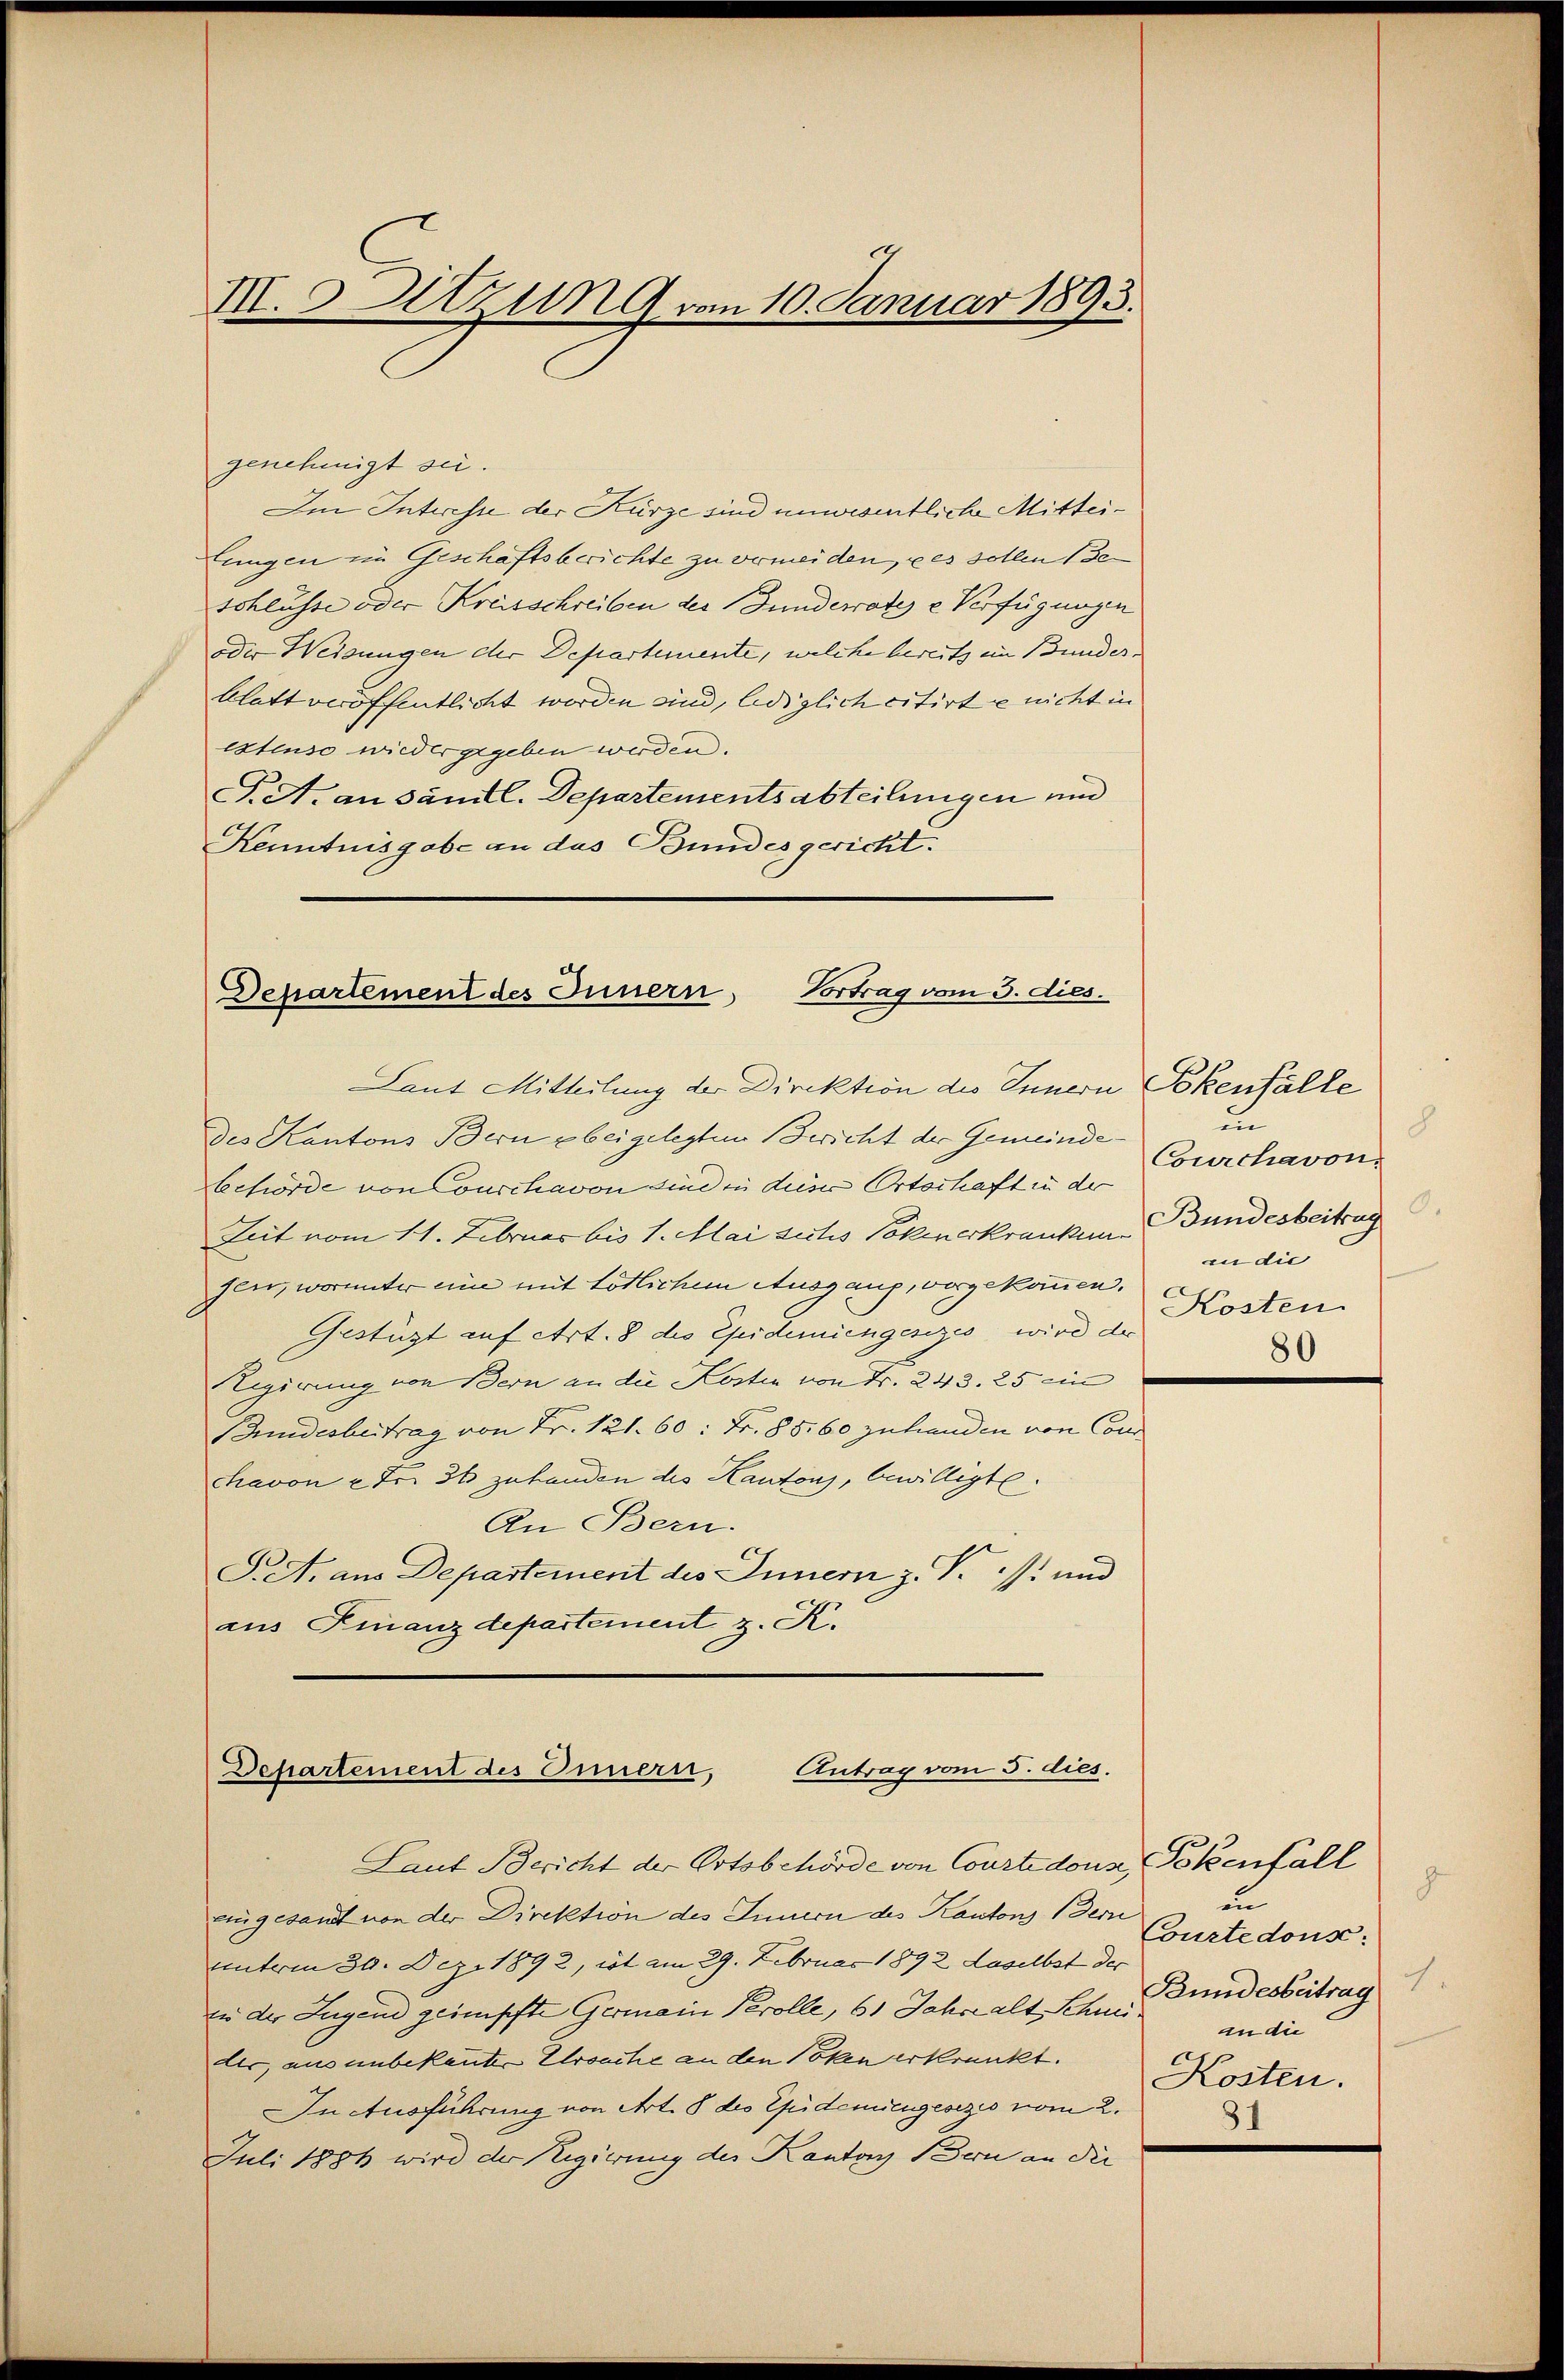
g
III. Setzung vom 10. Januar 1893.

genehmigt sei.
Im Interesse der Kürze sind unwesentliche Mitteilungen im Geschaftsberichte zu vermeiden, es sollen Beschlüsse oder Kreisschreiben der Funderrates e Verfügungen
oder Weisungen der Departemente, welche bereits im Bunderblatt veröffentlicht worden sind, lediglich citirte nicht in
extenso wieder gegeben werden.
J. A. an sämtl. Departementsabteilungen und
Kenntnisgabe an das Bundes gericht.

des Kantons Bern beigelegten Bericht der Gemeindebehörde von Conschavon sind in dieser Ortschaft in der
Zeit vom 11. Februar bis 1. Mai sichs Vokenerkranken Bundesbeitrag
sen, worunter eine mit tötlichem Ausgang, vorgekommen,
Gestüzt auf Art. 8 des Epidemiengesezes wird der
Regierung von Bern an die Kosten von Fr. 243. 25 ein
Bundesbeitrag von Fr. 121. 60. Fr. 85,60 zuhrenden von Conhavon 2 Fr. 36 zuhanden des Kantons, bewilligte.
An Bern.
S. A. aus Departement des Innern z. P. /: und
aus Finanzdepartement z. K.

Vortrag vom 3. dies.
Departement des Innern,
Laut Mitteilung der Direktion des Innern Pokenfälle

Departement des Innern, Antrag vom 5. dies.

Laut Bericht der Ortsbehörde von Courte douse, Pokenfäll
ningesandt von der Direktion des Innern des Kantons Bern
unterm 30. Dez. 1892, ist am 29. Februar 1892 daselbst der
in der Jugend geimpfte Germain Perolle, 61 Jahre alt Schnei
der, aus unbekannten Ursache an den Poten erkrankt.
In Ausführung von Art. 8 des Eidemiengesezes vom 2.
Juli 1881 wird der Regierung des Kantons Bern an die

un
8
Courchavon.
an die
Kosten.
80

d
un
Courtedons:
Bundesbeitrag
an die
Kosten.
31